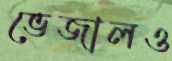
ভেজালও